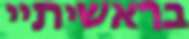
בראשיתיי